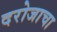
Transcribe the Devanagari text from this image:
दरोजाचा